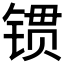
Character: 𨱌